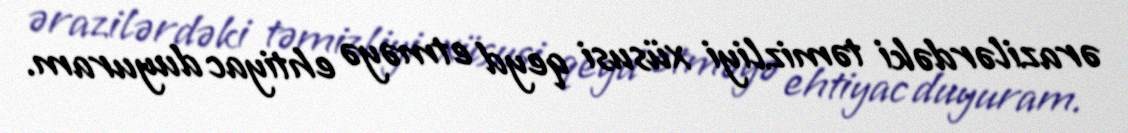
ərazilərdəki təmizliyi xüsusi qeyd etməyə ehtiyac duyuram.